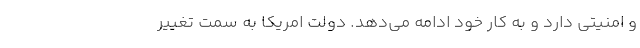
و امنيتي دارد و به كار خود ادامه مي‌دهد. دولت امريكا به سمت تغيير